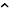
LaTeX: \, \hat{}\,